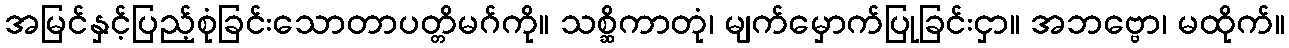
အမြင်နှင့်ပြည့်စုံခြင်းသောတာပတ္တိမဂ်ကို။ သစ္ဆိကာတုံ၊ မျက်မှောက်ပြုခြင်းငှာ။ အဘဗ္ဗော၊ မထိုက်။